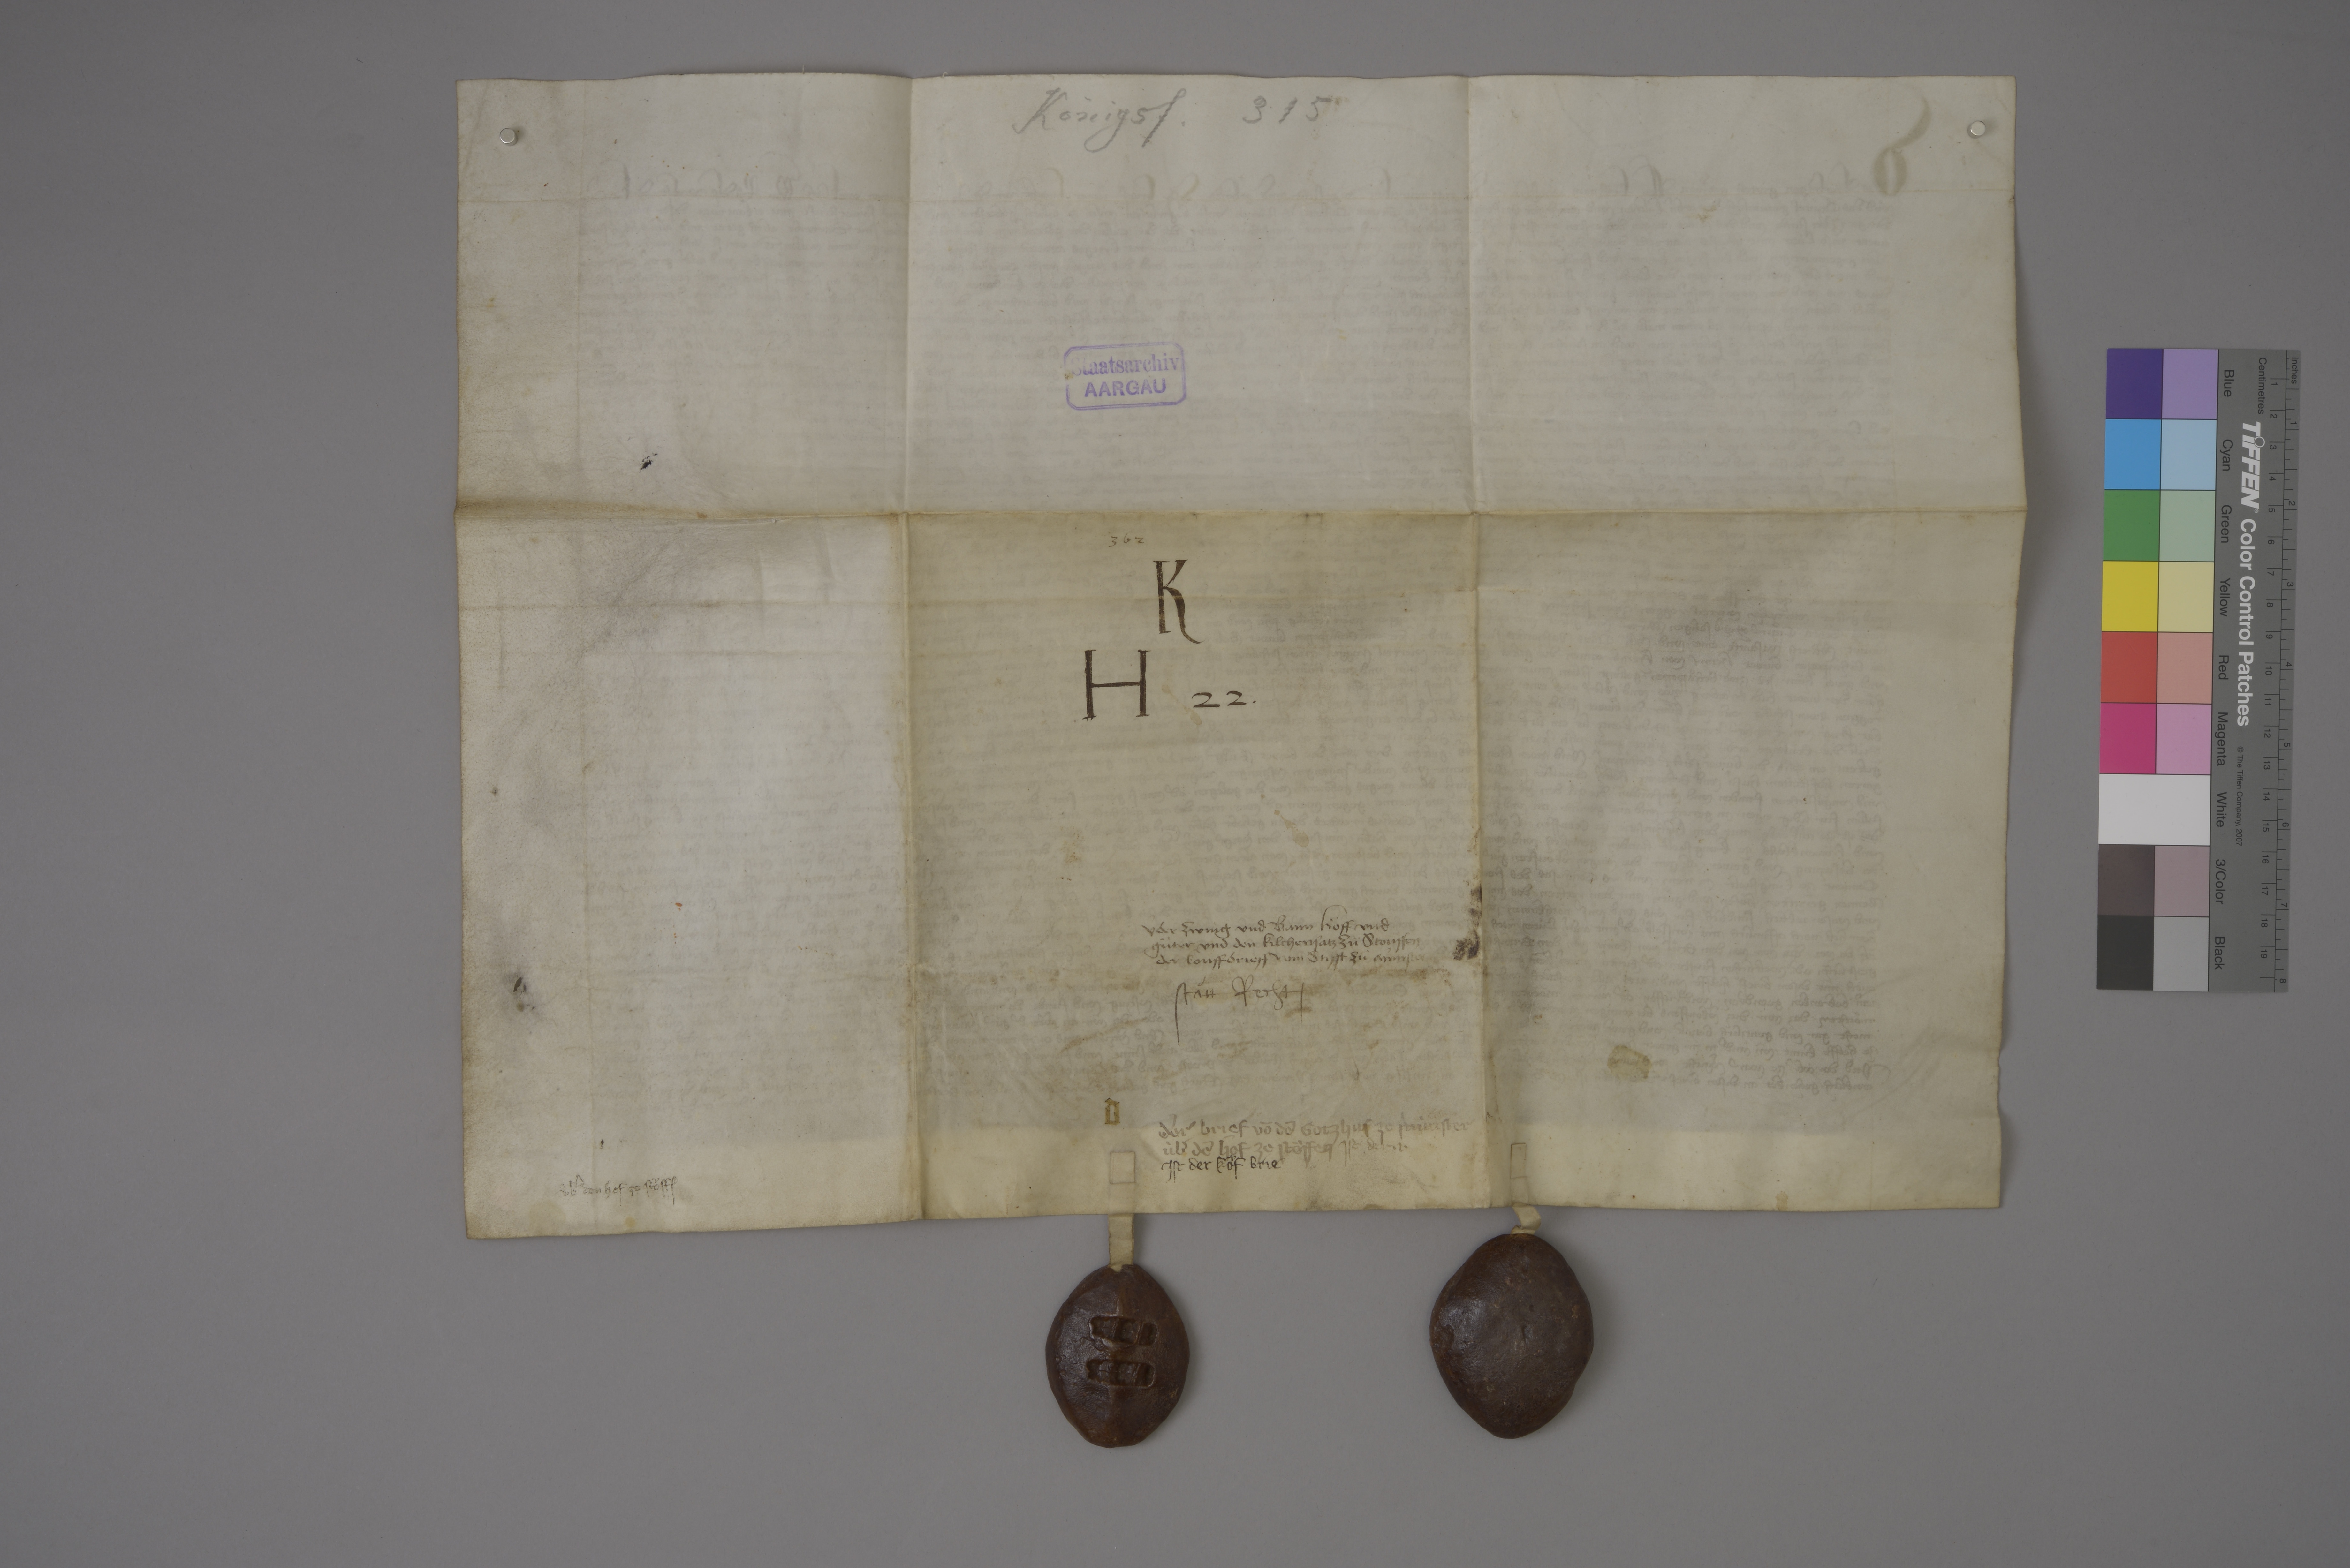
Transcription:
Königsf. 315

Staatsarchiv
AARGAU

362

K
H 22 ✳

ùber zwing und bann hoͤff und
guͤter und den kilchensatz zuͦ Stouffen
der kouffbrieff vom stifft zù Mùnster

stàtt recht ✳

d

der brief vō dē gotzhus ze Mùnster
ùbˀ dē hof ze Stoͧffen

ist der ✳ j ✳

ist der koͧf brief

ùbˀ den hof ze Stoͧff₎